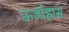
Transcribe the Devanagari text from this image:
ऊर्जाह्रास